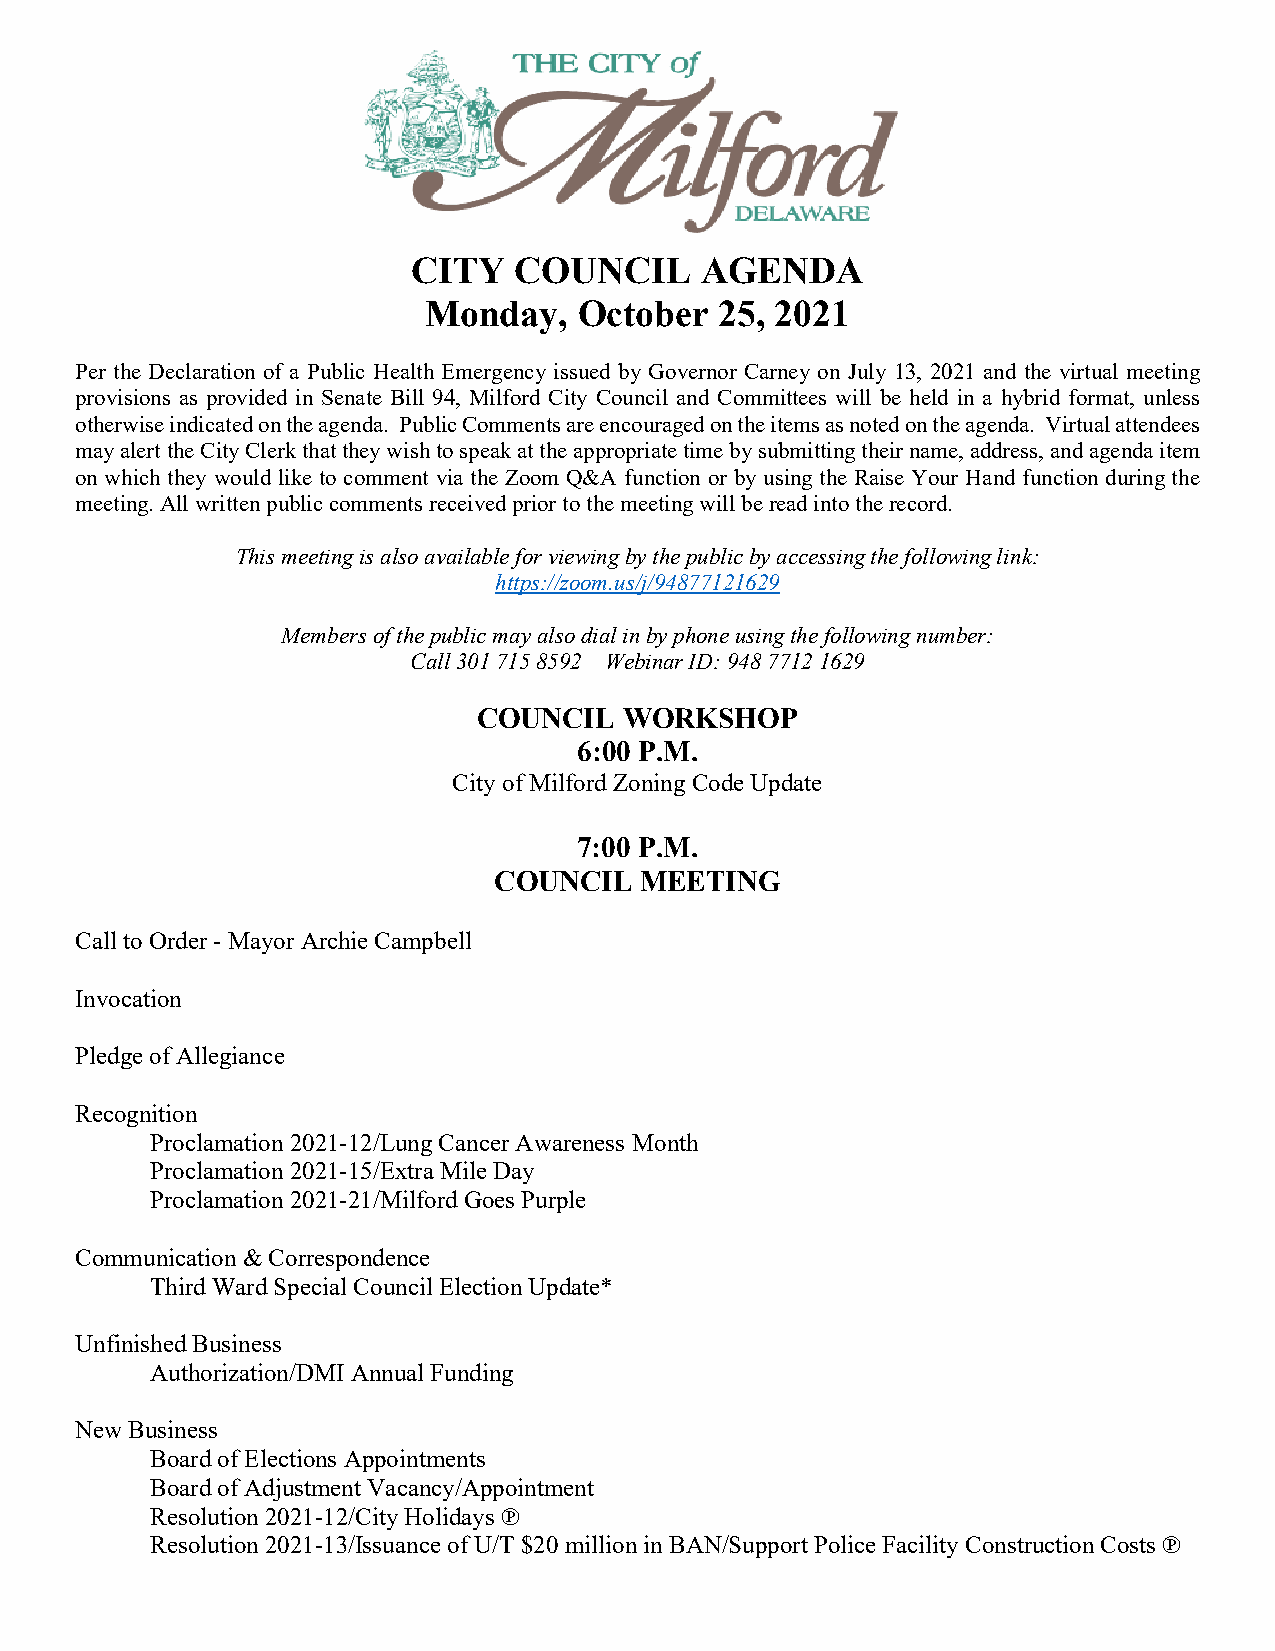
CITY   COUNCIL     AGENDA
 Monday,   October   25, 2021
 Per the Declaration of a Public Health Emergency issued by Governor Carney on July 13, 2021 and the virtual meeting
 provisions as provided in Senate Bill 94, Milford City Council and Committees will be held in a hybrid format, unless
 otherwise indicated on the agenda. Public Comments are encouraged on the items as noted on the agenda. Virtual attendees
 may alert the City Clerk that they wish to speak at the appropriate time by submitting their name, address, and agenda item
 on which they would like to comment via the Zoom Q&A function or by using the Raise Your Hand function during the
 meeting. All written public comments received prior to the meeting will be read into the record.
 This meeting is also available for viewing by the public by accessing the following link:
 https://zoom.us/j/94877121629
 Members of the public may also dial in by phone using the following number:
 Call 301 715 8592 Webinar ID: 948 7712 1629
 COUNCIL  WORKSHOP
 6:00 P.M.
 City of Milford Zoning Code Update
 7:00 P.M.
 COUNCIL  MEETING
 Call to Order - Mayor Archie Campbell
 Invocation
 Pledge of Allegiance
 Recognition
 Proclamation 2021-12/Lung Cancer Awareness Month
 Proclamation 2021-15/Extra Mile Day
 Proclamation 2021-21/Milford Goes Purple
 Communication & Correspondence
 Third Ward Special Council Election Update*
 Unfinished Business
 Authorization/DMI Annual Funding
 New Business
 Board of Elections Appointments
 Board of Adjustment Vacancy/Appointment
 Resolution 2021-12/City Holidays ℗
 Resolution 2021-13/Issuance of U/T $20 million in BAN/Support Police Facility Construction Costs ℗